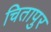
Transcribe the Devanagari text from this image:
चितापुर